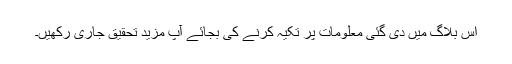
اس بلاگ میں دی گئی معلومات پر تکیہ کرنے کی بجائے آپ مزید تحقیق جاری رکھیں۔